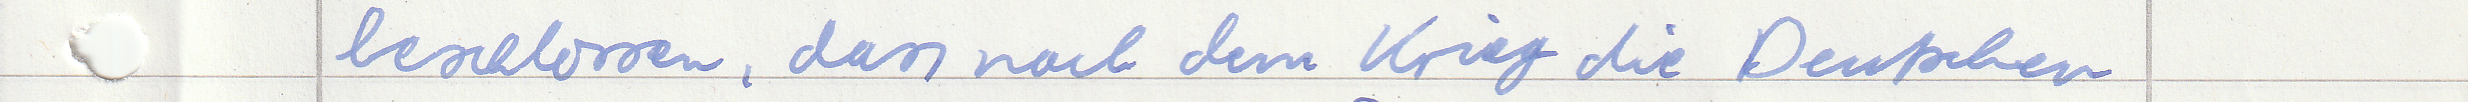
beschlossen, dass nach dem Krieg die Deutschen